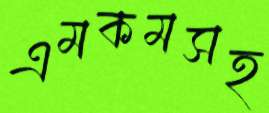
এমকমসহ